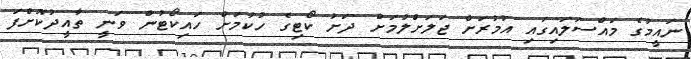
ނައީމުގެ މައްސަލައިގައި އުމުރަށް ޖަލަށްލުމަށް ދަށު ކޯޓިގެ ހުކުމަށް ހައިކޯޓުން ވަނީ ތާއީދުކޮށްފަ